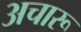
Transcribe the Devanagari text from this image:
अचारू